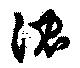
沈